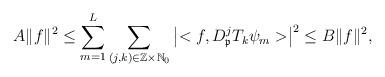
LaTeX: \begin{align*}A\|f\|^2\leq \sum_{m=1}^L\sum_{(j, k) \in \mathbb Z \times \mathbb N_0}\left|<f, D^j_{\mathfrak p}T_{k}\psi_m>\right|^2 \leq B\|f\|^2,\end{align*}